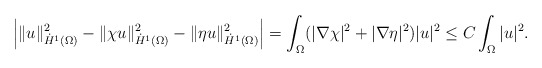
\begin{align*} \left| \|u\|^2_{\dot H^1(\Omega)} - \|\chi u\|^2_{\dot H^1(\Omega)} - \|\eta u\|^2_{\dot H^1(\Omega)} \right|=\int_\Omega(|\nabla \chi|^2 + |\nabla \eta|^2)|u|^2 \le C \int_\Omega |u|^2.\end{align*}